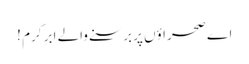
اے صحراؤں پر برسنے والے ابرِ کرم !